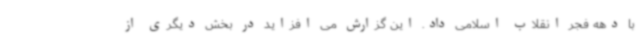
با دهه فجر انقلاب اسلامی داد. این گزارش می افزاید در بخش دیگری از